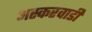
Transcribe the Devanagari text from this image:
अस्करवाडी